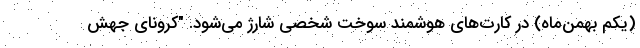
(یکم بهمن‌ماه) در کارت‌های هوشمند سوخت شخصی شارژ می‌شود. "کرونای جهش